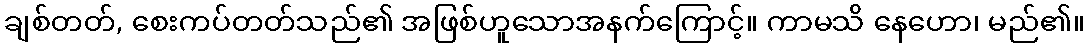
ချစ်တတ်, စေးကပ်တတ်သည်၏ အဖြစ်ဟူသောအနက်ကြောင့်။ ကာမသိ နေဟော၊ မည်၏။